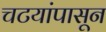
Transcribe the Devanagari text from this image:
चटयांपासून